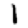
Digit: 1